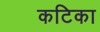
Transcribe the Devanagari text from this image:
कटिका